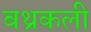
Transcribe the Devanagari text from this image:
बथ्रकली